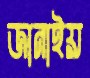
জানাইয়